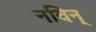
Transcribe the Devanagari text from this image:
नविन्